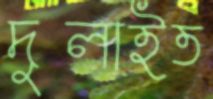
দুলাইত